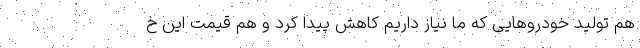
هم تولید خودروهایی که ما نیاز داریم کاهش پیدا کرد و هم قیمت این خ